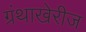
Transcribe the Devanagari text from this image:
ग्रंथाखेरीज